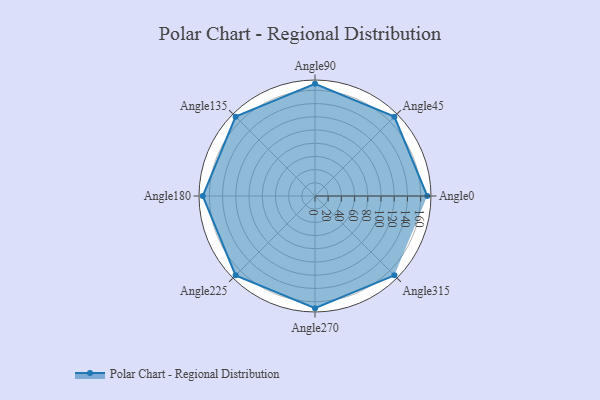
{"axis": {"x": "Angle", "y": "Radius"}, "legend": [""], "data": [{"x": "Angle0", "y": 170, "type": ""}, {"x": "Angle45", "y": 170, "type": ""}, {"x": "Angle90", "y": 170, "type": ""}, {"x": "Angle135", "y": 170, "type": ""}, {"x": "Angle180", "y": 170, "type": ""}, {"x": "Angle225", "y": 170.0, "type": ""}, {"x": "Angle270", "y": 170, "type": ""}, {"x": "Angle315", "y": 170, "type": ""}]}